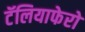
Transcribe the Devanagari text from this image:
टॅलियाफेरो